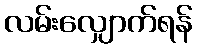
လမ်းလျှောက်ရန်